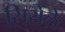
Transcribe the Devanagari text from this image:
सिरोले